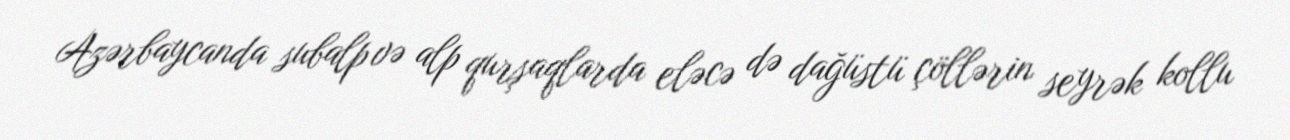
Azərbaycanda subalp və alp qurşaqlarda eləcə də dağüstü çöllərin seyrək kollu